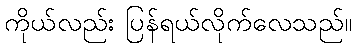
ကိုယ်လည်း ပြန်ရယ်လိုက်လေသည်။